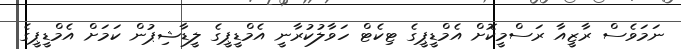
ނަމަވެސް ރާޒީއާ ރަސްމީކޮށް އެމްޑީޕީގެ ޓިކެޓް ހަވާލުކުރާނީ އެމްޑީޕީގެ ލީޑާޝިޕުން ކަމަށް އެމްޑީޕީގެ